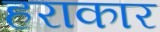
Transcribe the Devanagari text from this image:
हराकार